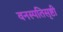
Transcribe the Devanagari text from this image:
वनस्पतिसृष्टी